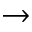
\rightarrow